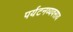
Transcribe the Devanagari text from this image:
पर्यटनव्यवसाय